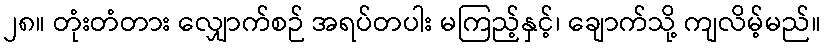
၂၈။ တုံးတံတား လျှောက်စဉ် အရပ်တပါး မကြည့်နှင့်၊ ချောက်သို့ ကျလိမ့်မည်။